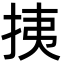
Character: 挗